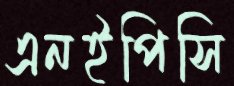
এনইপিসি